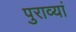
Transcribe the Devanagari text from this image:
पुराव्यां